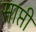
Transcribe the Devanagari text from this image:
साप्ती